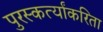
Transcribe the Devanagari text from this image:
पुरस्कर्त्यांकरिता